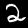
Label: 2